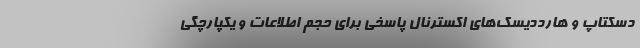
دسکتاپ و هارددیسک‌های اکسترنال پاسخی برای حجم اطلاعات و یکپارچگی